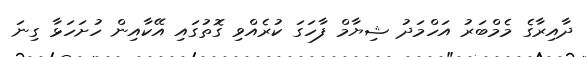
ދާއިރާގެ މެމްބަރު އަހްމަދު ޝިޔާމް ފާހަގަ ކުރެއްވި ގޮތުގައި އޭކާއިން ހުށަހަޅާ ގިނަ